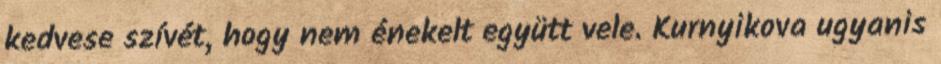
kedvese szívét, hogy nem énekelt együtt vele. Kurnyikova ugyanis